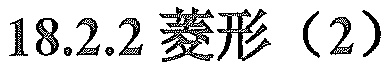
18.2.2菱形（2）